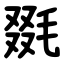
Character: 毲